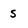
Character: S